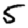
Digit: 5